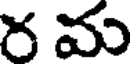
ర మ